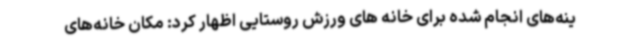
ینه‌های انجام شده برای خانه های ورزش روستایی اظهار کرد: مکان خانه‌های